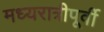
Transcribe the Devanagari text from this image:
मध्यरात्रीपूर्वी